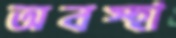
অবস্হা